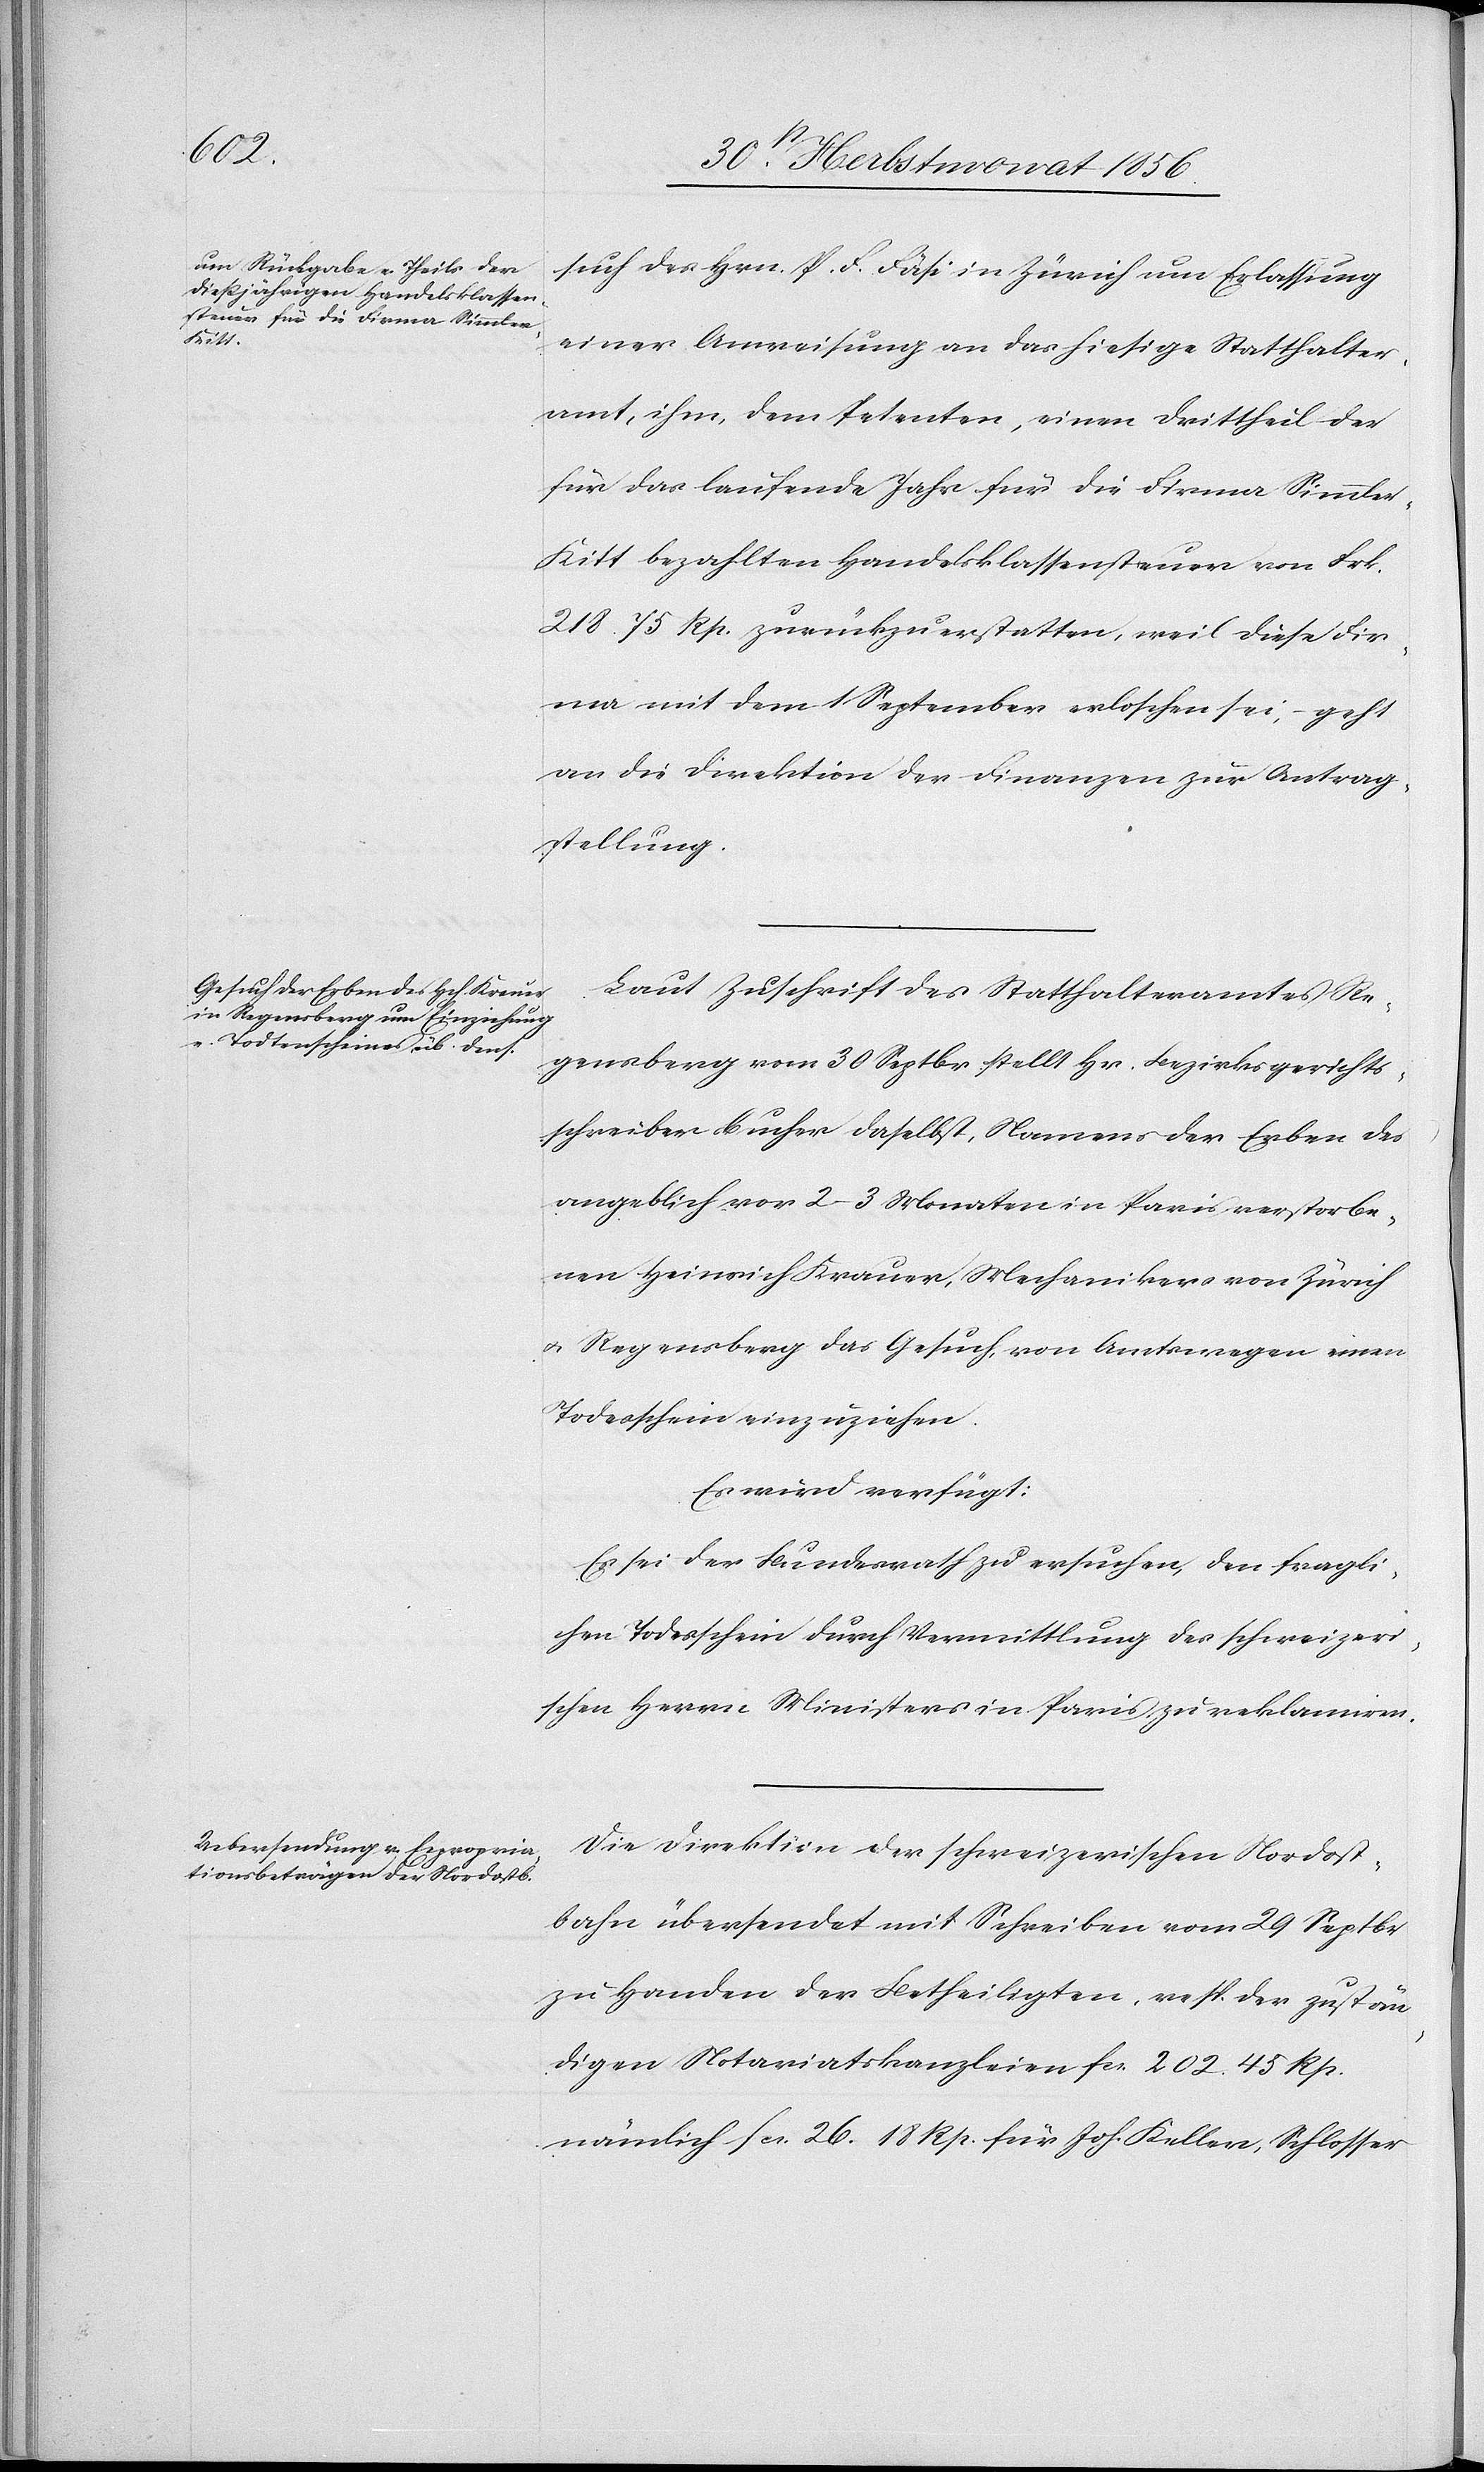
2t Weinmonat 1856.]
such des Hrn. P. F. Fäsi in Zürich um Erlassung
einer Anweisung an das hiesige Statthalter¬
amt, ihm, dem Petenten, einen Drittheil der
für das laufende Jahr für die Firma Simmle¬
r-Kitt bezahlten Handelsklassensteuer von Frk.
218. 75 Rp. zurückzuerstatten, weil diese Fir¬
ma mit dem 1 September erloschen sei, – geht
an die Direktion der Finanzen zur Antrag¬
stellung.
Laut Zuschrift des Statthalteramtes Re¬
gensberg vom 30 Septbr stellt Hr. Bezirksgerichts¬
schreiber Bucher daselbst, Namens der Erben des
angeblich vor 2–3 Monaten in Paris verstorbe¬
nen Heinrich Krauer, Mechanikers von Zürich
u. Regensberg das Gesuch, von Amtswegen einen
Todesschein einzuziehen.
Es wird verfügt:
Es sei der Bundesrath zu ersuchen, den fragli¬
chen Todesschein durch Vermittlung des schweizeri¬
schen Herrn Ministers in Paris zu reklamiren.
Die Direktion der schweizerischen Nordost¬
bahn übersendet mit Schreiben vom 29 Septbr
zu Handen der Betheiligten, resp. der zustän¬
digen Notariatskanzleien fcs. 202. 45 Rp.
nämlich fcs. 26. 18 Rp. für Joh. Keller, Schlosser